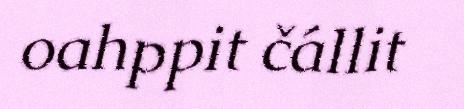
oahppit čállit